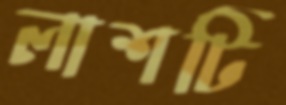
লাশটি